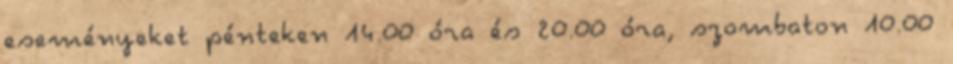
eseményeket pénteken 14.00 óra és 20.00 óra, szombaton 10.00